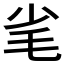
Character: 毟